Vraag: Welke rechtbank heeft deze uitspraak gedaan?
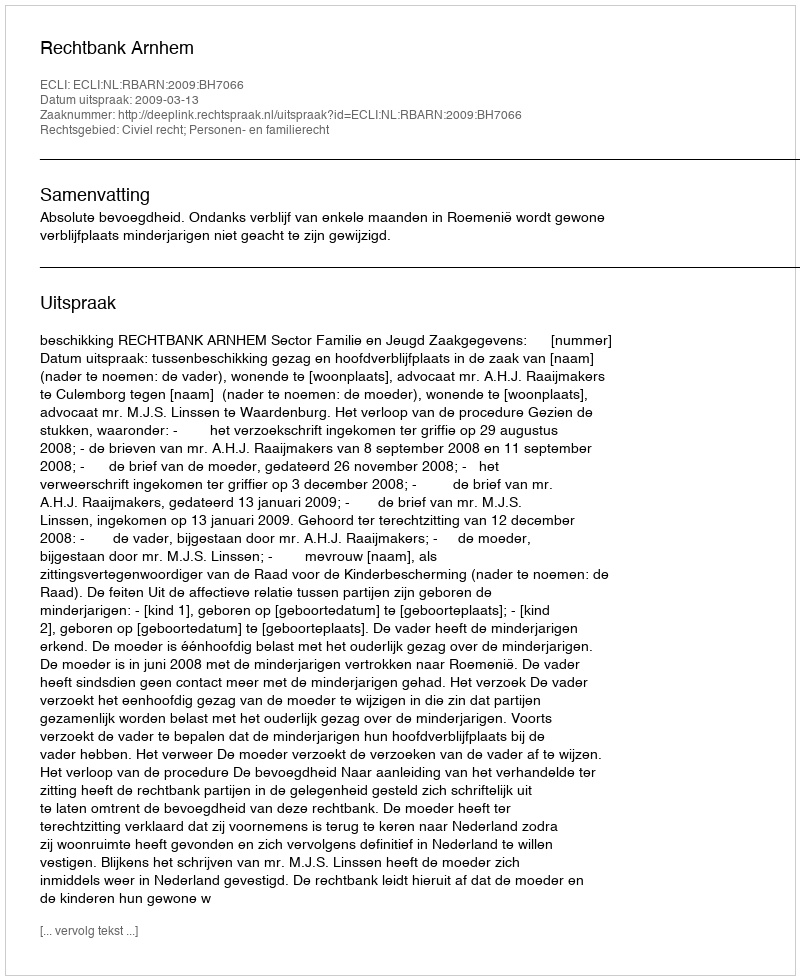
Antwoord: Rechtbank Arnhem